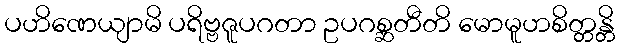
ပဟိဏေယျာမိ ပရိဗ္ဗဇူပဂတာ ဥပဂစ္ဆတီတိ မောမူဟစိတ္တန္တိ